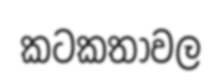
කටකතාවල